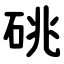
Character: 䂪